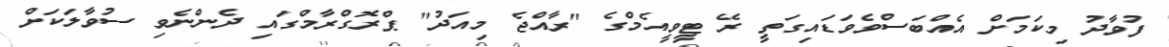
ފުވާދު މިކަމަށް އެއްބަސްވެވަޑައިގަތީ ރޭ ޓީވީއެމްގެ "ރާއްޖެ މިއަދު" ޕްރޮގްރާމްގައި ދެންނެވި ސުވާލަކަށް